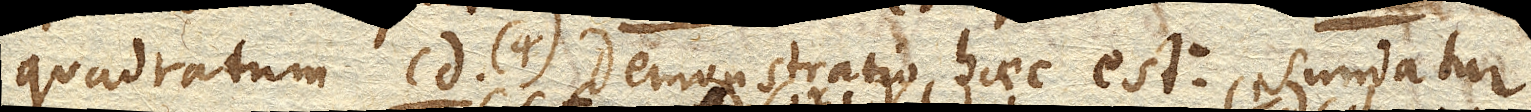
quadratum cd. (4). Demonstratio haec est: Sumatur